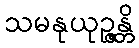
သမနုယုဉ္ဇန္တိ